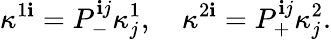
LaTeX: \kappa^{1\mathbf{i}}=P_{-}^{\mathbf{i}j}\kappa_{j}^{1},\quad\kappa^{2\mathbf{i}}=P_{+}^{\mathbf{i}j}\kappa_{j}^{2}.